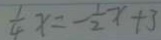
\frac { 1 } { 4 } x = - \frac { 1 } { 2 } x + 3